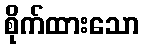
စိုက်ထားသော